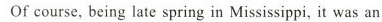
Of course, being late spring in Missisppi, it was an